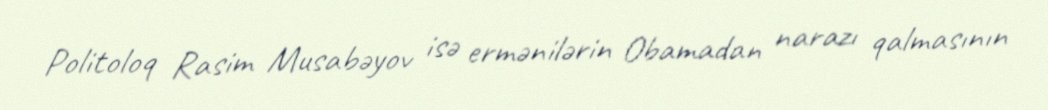
Politoloq Rasim Musabəyov isə ermənilərin Obamadan narazı qalmasının